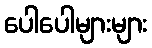
ပေါပေါများများ